Report on vaccination North-West Frontier Province 1904-1922 - 1904-1922
Year: 1904
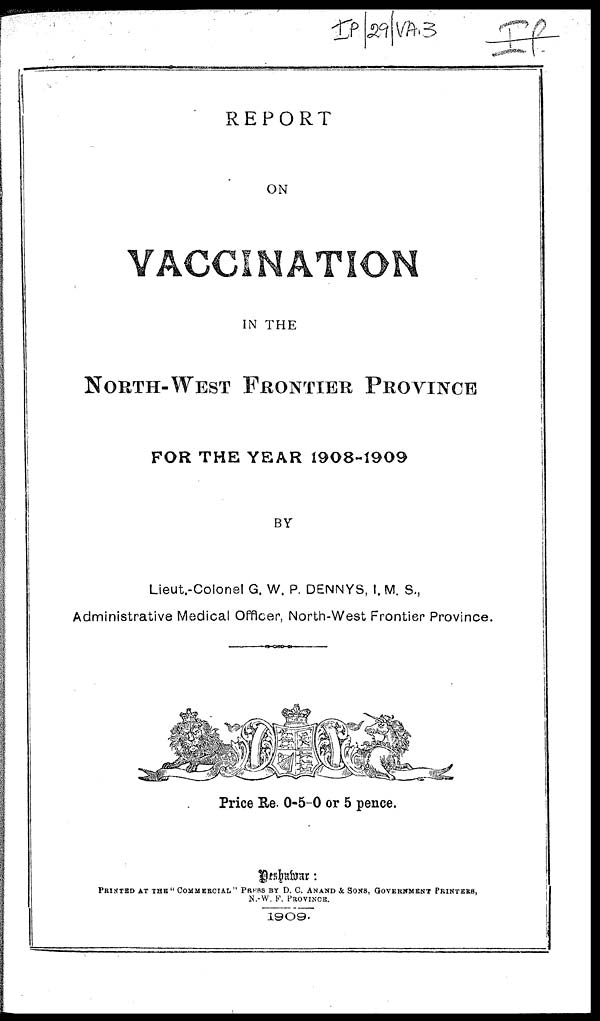
REPORT
ON
VACCINATION
IN THE
NORTH-WEST FRONTIER PROVINCE
FOR THE YEAR 1908-1909
BY
Lieut.-Colonel G. W. P. DENNYS, I. M. S.,
Administrative Medical Officer, North-West Frontier Province.
Price Re. 0-5-0 or 5 pence.
PRINTED AT THE" COMMERCIAL" PRESS BY D. C. ANAND & SONS, GOVERNMENT PRINTERS,
N.-W. F. PROVINCE.
1909.